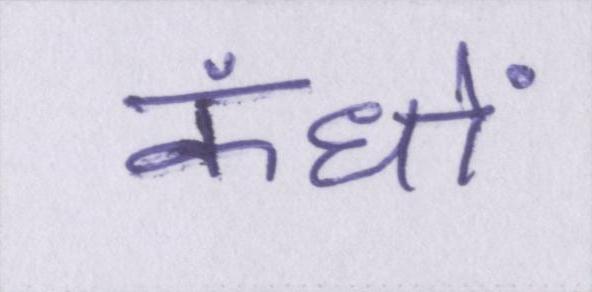
कंधों